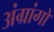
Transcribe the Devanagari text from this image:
अंग्रांगों